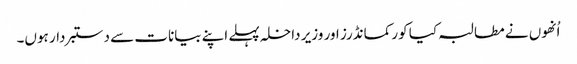
اُنھوں نے مطالبہ کیا کور کمانڈرز اور وزیر داخلہ پہلے اپنے بیانات سے دستبردار ہوں۔